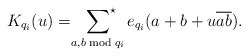
\begin{align*}K_{q_i}(u)=\sideset{}{^\star}\sum_{a,b\bmod{q_i}}e_{q_i}(a+b+u\overline{ab}).\end{align*}